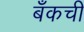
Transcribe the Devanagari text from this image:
बँकची